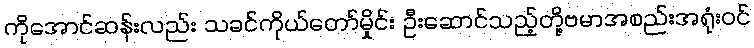
ကိုအောင်ဆန်းလည်း သခင်ကိုယ်တော်မှိုင်း ဦးဆောင်သည့်တို့ဗမာအစည်းအရုံးဝင်